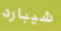
شيبارد